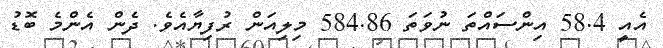
އެއީ 58.4 އިންސައްތަ ނުވަތަ 584.86 މިލިއަން ރުފިޔާއެވެ. ދެން އެންމެ ބޮޑު